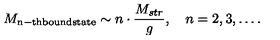
M _ { \mathrm { n - t h b o u n d s t a t e } } \sim n \cdot \frac { M _ { s t r } } { g } , \quad n = 2 , 3 , \ldots .